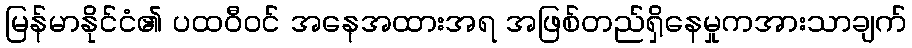
မြန်မာနိုင်ငံ၏ ပထဝီဝင် အနေအထားအရ အဖြစ်တည်ရှိနေမှုကအားသာချက်